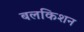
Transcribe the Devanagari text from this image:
बलकिशन